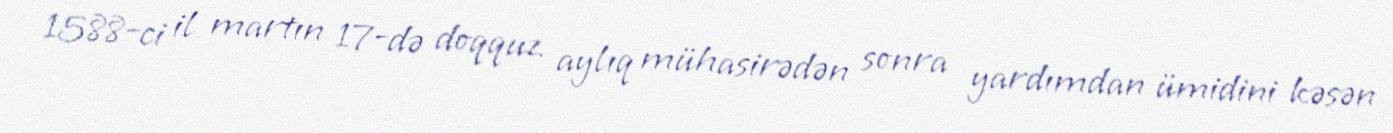
1588-ci il martın 17-də doqquz aylıq mühasirədən sonra yardımdan ümidini kəsən